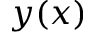
y ( x )